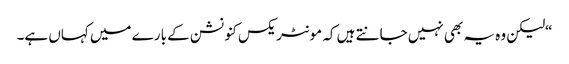
“لیکن وہ یہ بھی نہیں جانتے ہیں کہ مونٹریکس کنونشن کے بارے میں کہاں ہے۔